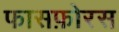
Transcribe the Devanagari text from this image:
फासफ़ोरस